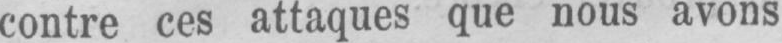
contre ces attaques que nous avons